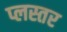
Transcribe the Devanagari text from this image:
प्लस्तर